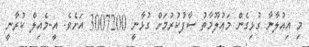
މި އިޢުލާނާ ގުޅިގެން މަޢުލޫމާތު ސާފުކުރުމަށް ގުޅާނީ 3007200 އަށެވެ. އީ-މެއިލް ކުރާނީ